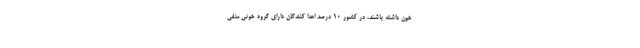
خون داشته باشند، در کشور ۱۰ درصد اهدا کنندگان دارای گروه خونی منفی